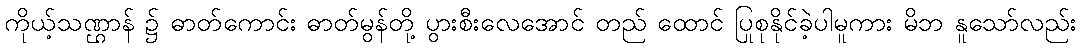
ကိုယ့်သဏ္ဌာန် ၌ ဓာတ်ကောင်း ဓာတ်မွန်တို့ ပွားစီးလေအောင် တည် ထောင် ပြုစုနိုင်ခဲ့ပါမူကား မိဘ နူသော်လည်း